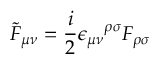
\tilde { F } _ { \mu \nu } = \frac { i } { 2 } { \epsilon _ { \mu \nu } } ^ { \rho \sigma } F _ { \rho \sigma }